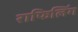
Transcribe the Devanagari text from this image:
राफिलिंग